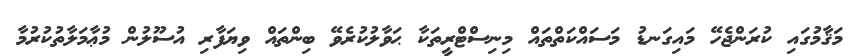
މަޤާމުގައި ކުރަންޖެހޭ މައިގަނޑު މަސައްކަތްތައް މިނިސްޓްރީތަކާ ޙަވާލުކުރެވޭ ބިންތައް ވިޔަފާރި އުސޫލުން މުޢާމަލާތުކުރުމާ